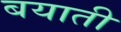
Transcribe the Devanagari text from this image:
बयाती